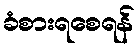
ခံစားရစေရန်